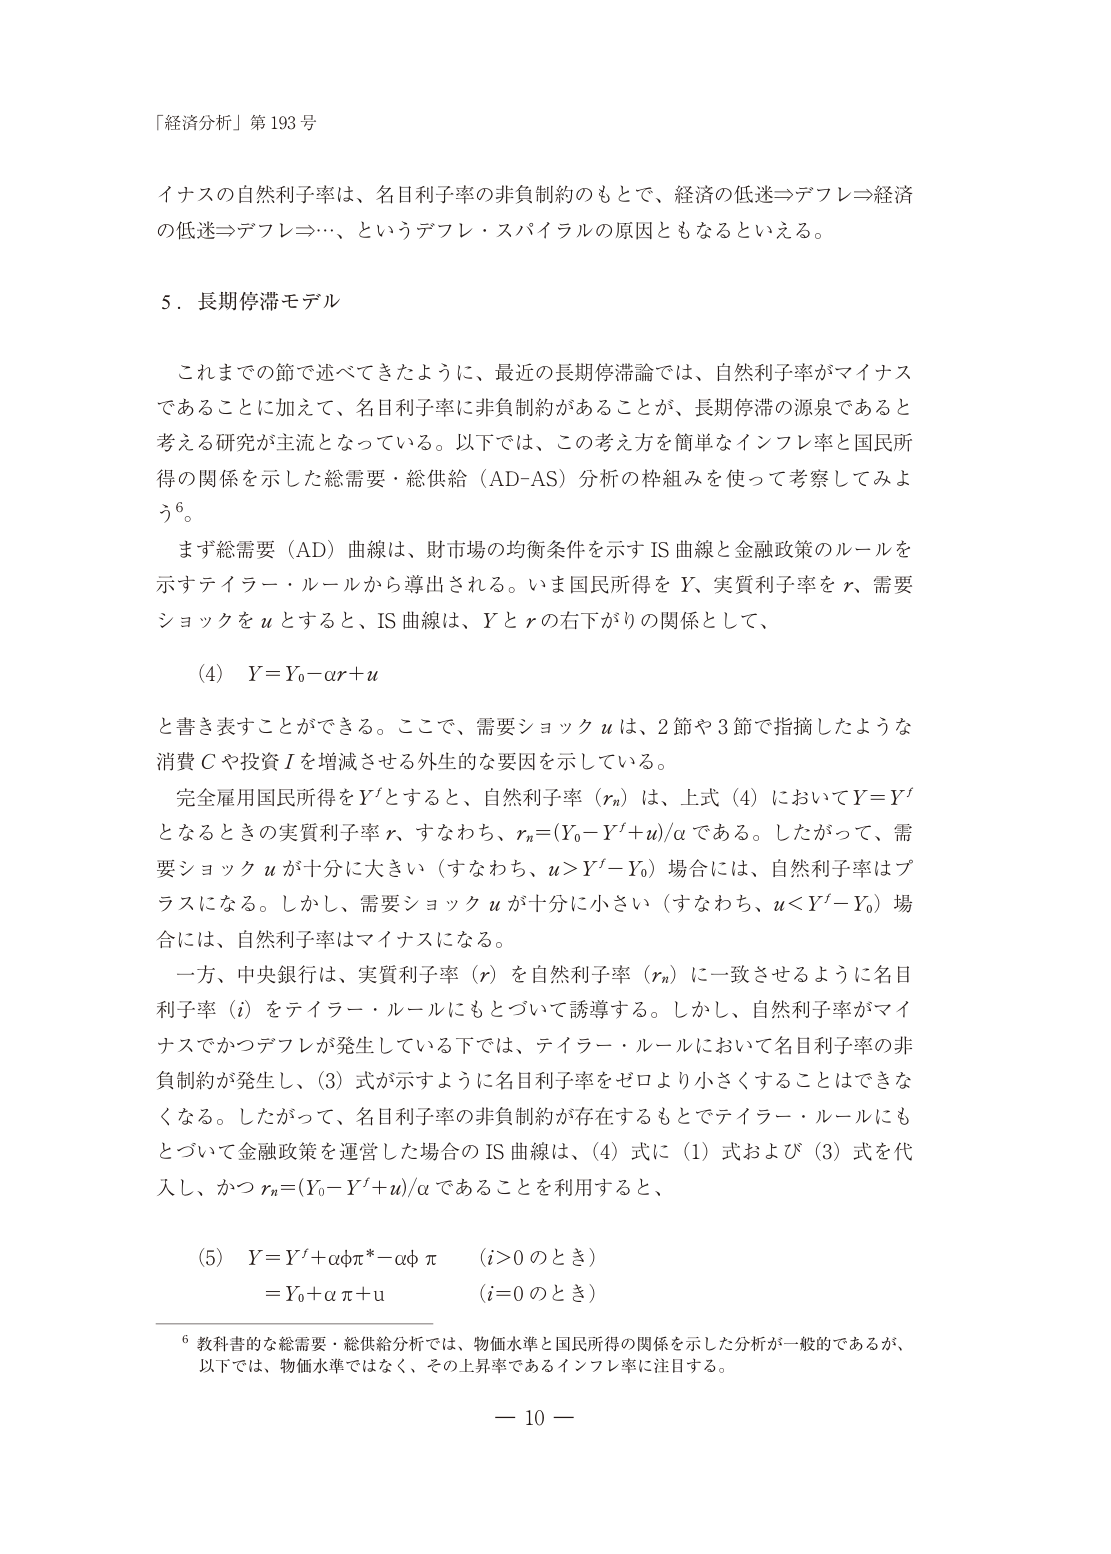
「経済分析」第193号

イナスの自然利子率は、名目利子率の非負制約のもとで、経済の低迷⇒デフレ⇒経済の低迷⇒デフレ⇒…、というデフレ・スパイラルの原因ともなるといえる。

5．長期停滞モデル

これまでの節で述べてきたように、最近の長期停滞論では、自然利子率がマイナスであることに加えて、名目利子率に非負制約があることが、長期停滞の源泉であると考える研究が主流となっている。以下では、この考え方を簡単なインフレ率と国民所得の関係を示した総需要・総供給（AD-AS）分析の枠組みを使って考察してみよう⁶。

まず総需要（AD）曲線は、財市場の均衡条件を示すIS曲線と金融政策のルールを示すテイラー・ルールから導出される。いま国民所得をY、実質利子率をr、需要ショックをuとすると、IS曲線は、Yとrの右下がりの関係として、

(4)　Y = Y₀ - αr + u

と書き表すことができる。ここで、需要ショックuは、2節や3節で指摘したような消費Cや投資Iを増減させる外生的な要因を示している。

完全雇用国民所得をY'とすると、自然利子率（rₙ）は、上式(4)においてY=Y'となるときの実質利子率r、すなわち、rₙ=(Y₀-Y'+u)/αである。したがって、需要ショックuが十分に大きい（すなわち、u>Y'-Y₀）場合には、自然利子率はプラスになる。しかし、需要ショックuが十分に小さい（すなわち、u<Y'-Y₀）場合には、自然利子率はマイナスになる。

一方、中央銀行は、実質利子率（r）を自然利子率（rₙ）に一致させるように名目利子率（i）をテイラー・ルールにもとづいて誘導する。しかし、自然利子率がマイナスでかつデフレが発生している下では、テイラー・ルールにおいて名目利子率の非負制約が発生し、(3)式が示すように名目利子率をゼロより小さくすることはできなくなる。したがって、名目利子率の非負制約が存在するもとでテイラー・ルールにもとづいて金融政策を運営した場合のIS曲線は、(4)式に(1)式および(3)式を代入し、かつrₙ=(Y₀-Y'+u)/αであることを利用すると、

(5)　Y = Y' + αφπ* - αφπ　　(i>0のとき)
　　　= Y₀ + απ + u　　　　(i=0のとき)

⁶ 教科書的な総需要・総供給分析では、物価水準と国民所得の関係を示した分析が一般的であるが、以下では、物価水準ではなく、その上昇率であるインフレ率に注目する。

— 10 —